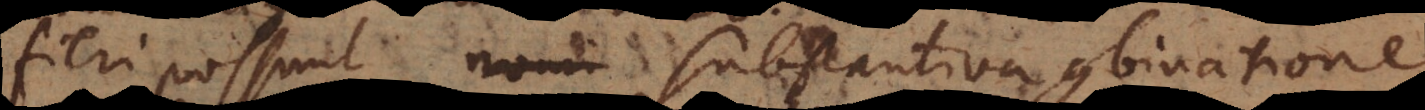
fieri possunt nomi substantiva combinatione